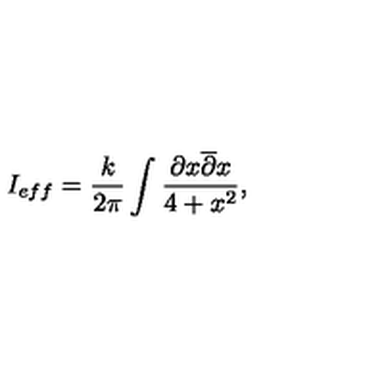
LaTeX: I _ { e f f } = \frac { k } { 2 \pi } \int \frac { \partial x \overline { { \partial } } x } { 4 + x ^ { 2 } } ,